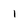
Character: 1